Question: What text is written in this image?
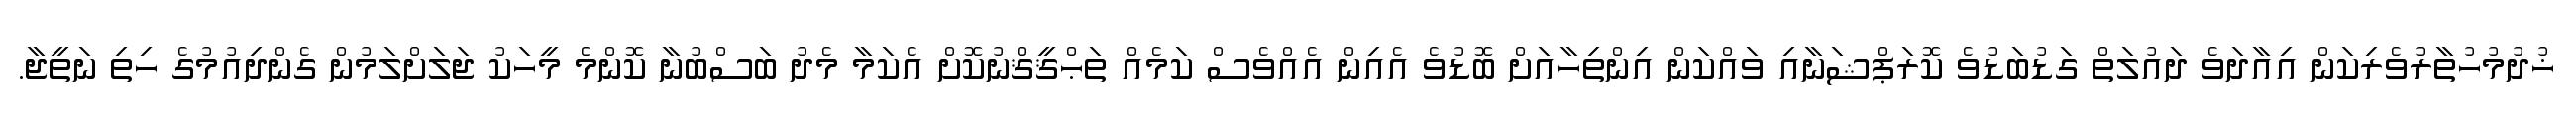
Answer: ޚުދުމުހުތާރުވެރިކަން އިއާދަވެ ދައުލަތް ގަޑުބަޑުވެ ކޮރަޕްޝަނާއި ވައްކަން އިންތިހާއަށް ބޮޑުވެ އެއިން އެއްވެސް ކަމެއް ތަޙްޤީޤްނުކޮށް އެކަމާ މެދު ބަސްބުނާ ކޮންމެ މީހަކު ޖަލަށްލަމުން ގެންދިއުމުގެ ހިތި ނަތީޖާ.